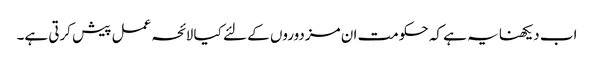
اب دیکھنا یہ ہے کہ حکومت ان مزدوروں کے لئے کیا لائحہ عمل پیش کرتی ہے۔